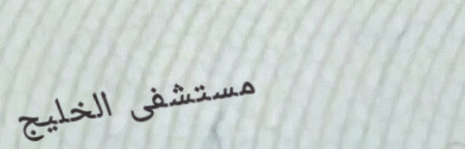
مستشفى الخليج